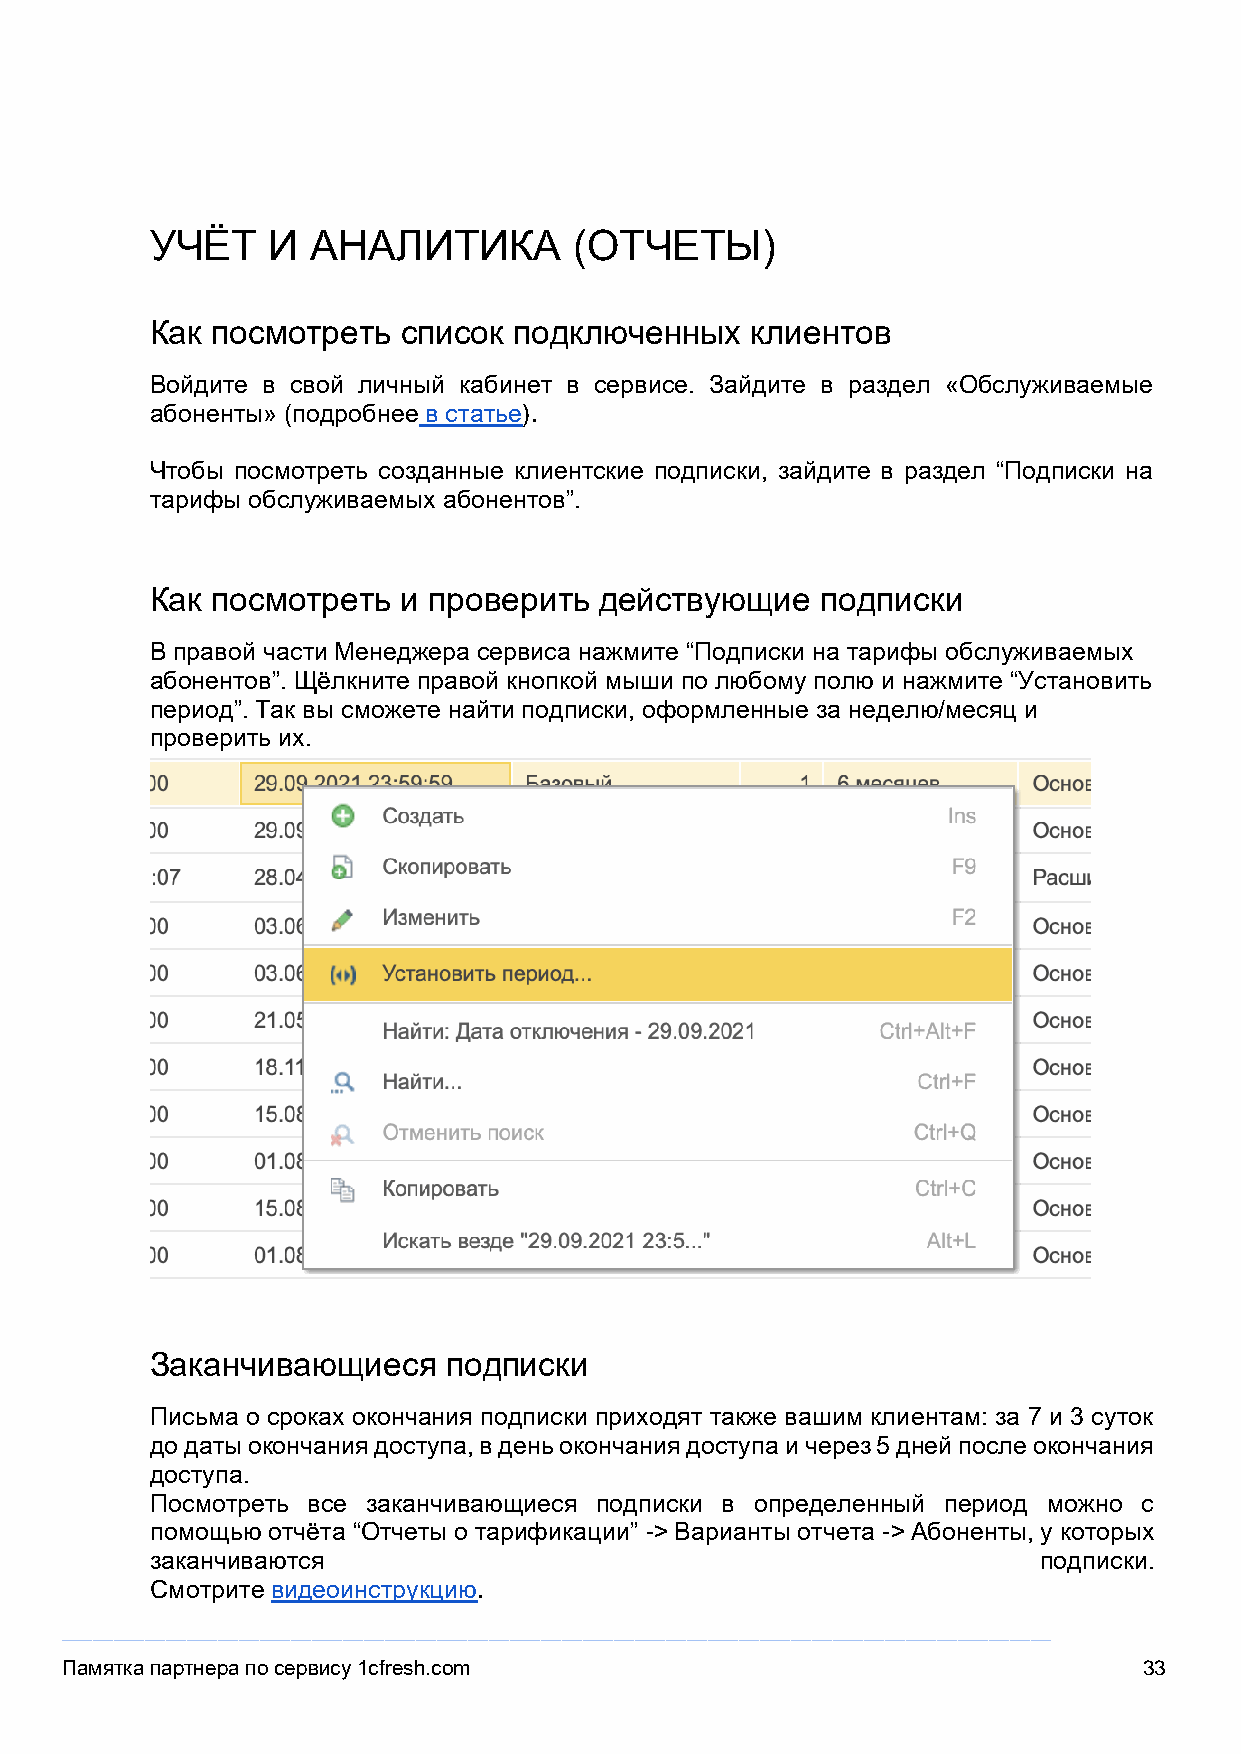
УЧЁТ    И  АНАЛИТИКА        (ОТЧЕТЫ)
 Как посмотреть   список подключенных    клиентов
 Войдите в свой личный кабинет в сервисе. Зайдите в раздел «Обслуживаемые
 абоненты» (подробнее в статье).
 Чтобы посмотреть созданные клиентские подписки, зайдите в раздел “Подписки на
 тарифы обслуживаемых абонентов”.
 Как посмотреть   и проверить  действующие   подписки
 В правой части Менеджера сервиса нажмите “Подписки на тарифы обслуживаемых
 абонентов”. Щёлкните правой кнопкой мыши по любому полю и нажмите “Установить
 период”. Так вы сможете найти подписки, оформленные за неделю/месяц и
 проверить их.
 Заканчивающиеся     подписки
 Письма о сроках окончания подписки приходят также вашим клиентам: за 7 и 3 суток
 до даты окончания доступа, в день окончания доступа и через 5 дней после окончания
 доступа.
 Посмотреть все заканчивающиеся подписки в определенный период можно с
 помощью отчёта “Отчеты о тарификации” -> Варианты отчета -> Абоненты, у которых
 заканчиваются                                              подписки.
 Смотрите видеоинструкцию.
 _______________________________________________________________________________________________
 Памятка партнера по сервису 1cfresh.com                                 33